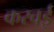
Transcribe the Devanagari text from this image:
करवई